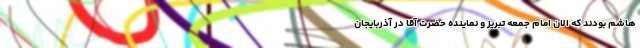
هاشم بودند که الان امام جمعه تبریز و نماینده حضرت آقا در آذربایجان